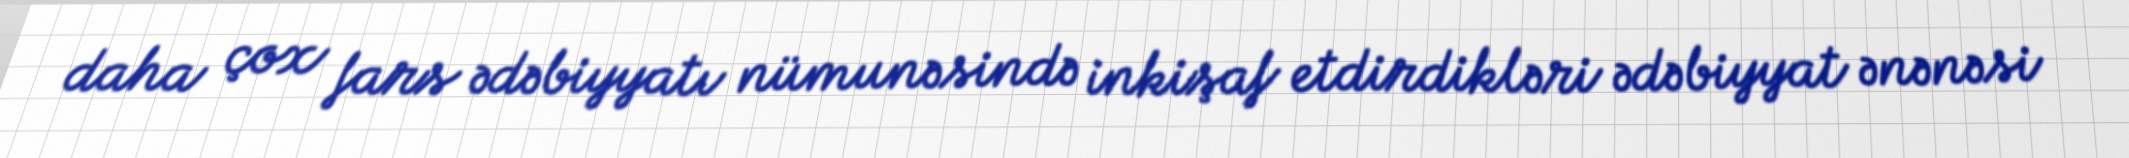
daha çox fars ədəbiyyatı nümunəsində inkişaf etdirdikləri ədəbiyyat ənənəsi